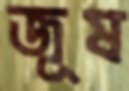
জূষ